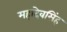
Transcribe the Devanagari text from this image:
महादेवसिंह